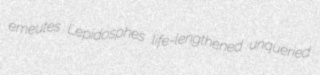
emeutes Lepidosphes life-lengthened unqueried